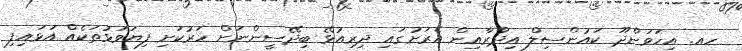
ހއ. އިހަވަންދޫ ކައުންސިލް އިދާރާއިން އެރަށުގައި ދިރިއުޅޭ ބިދޭސީންނަށް ހަރުކަށި ފިޔަވަޅުތަކެއް އަޅައިފި